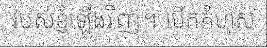
របស់ខ្ញុំឡើងវិញ។ បើកកំហុស